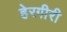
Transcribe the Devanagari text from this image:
हेरगीरी